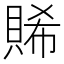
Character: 𧶖